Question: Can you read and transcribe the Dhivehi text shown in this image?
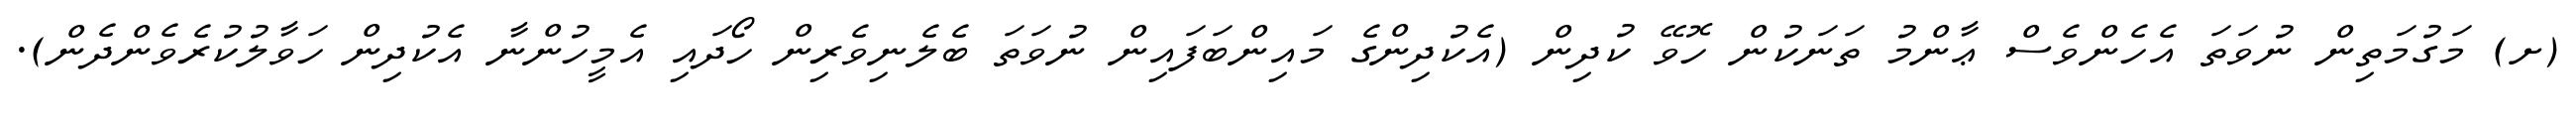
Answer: (ށ) މަގުމަތިން ނުވަތަ އެހެންވެސް ޢާންމު ތަނަކުން ހޮވޭ ކުދިން (އެކުދިންގެ މައިންބަފައިން ނުވަތަ ބެލެނިވެރިން ހޯދައި އެމީހުންނާ އެކުދިން ހަވާލުކުރެވެންދެން).